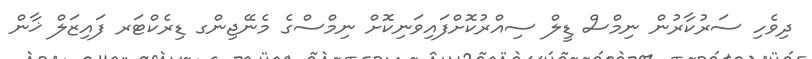
ދިވެހި ސަރުކާރުން ނިމްސް ޑީލް ސިއްރުކޮށްފައިވަނިކޮށް ނިމްސްގެ މެނޭޖިންގ ޑިރެކްޓަރ ފައިޒަލް ޚާން